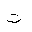
Letter: _ta